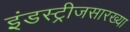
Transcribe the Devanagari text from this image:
इंडस्ट्रीजसारख्या